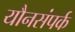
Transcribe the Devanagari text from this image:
यौनसंपर्क